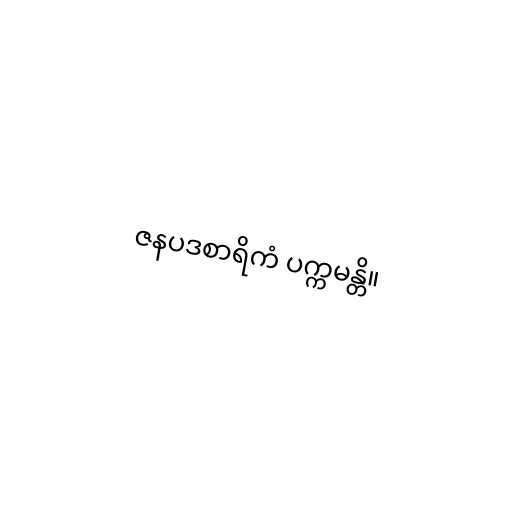
ဇနပဒစာရိကံ ပက္ကမန္တိ။